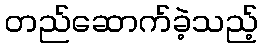
တည်ဆောက်ခဲ့သည့်